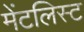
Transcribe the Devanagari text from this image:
मेंटलिस्ट